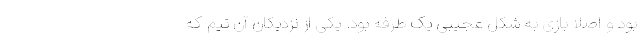
بود و اصلاً بازی به شکل عجیبی یک طرفه بود. یکی از نزدیکان آن تیم که